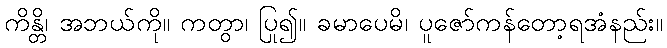
ကိန္တိ၊ အဘယ်ကို။ ကတွာ၊ ပြု၍။ ခမာပေမိ၊ ပူဇော်ကန်တော့ရအံနည်း။